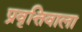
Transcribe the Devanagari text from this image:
प्रवृत्तिवाला